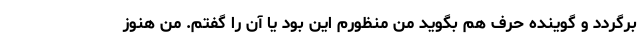
برگردد و گوینده حرف هم بگوید من منظورم این بود یا آن را گفتم. من هنوز